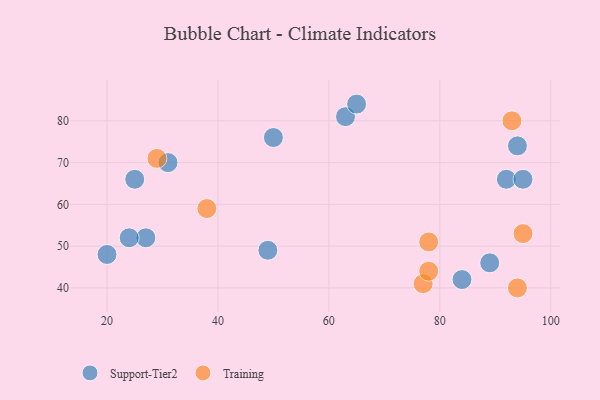
{"axis": {"x": "GDP", "y": "Life Expectancy"}, "legend": ["Support-Tier2", "Training"], "data": [{"x": "20", "y": 48, "type": "Support-Tier2"}, {"x": "92", "y": 66, "type": "Support-Tier2"}, {"x": "89", "y": 46, "type": "Support-Tier2"}, {"x": "63", "y": 81, "type": "Support-Tier2"}, {"x": "95", "y": 66, "type": "Support-Tier2"}, {"x": "31", "y": 70, "type": "Support-Tier2"}, {"x": "65", "y": 84, "type": "Support-Tier2"}, {"x": "84", "y": 42, "type": "Support-Tier2"}, {"x": "94", "y": 74, "type": "Support-Tier2"}, {"x": "49", "y": 49, "type": "Support-Tier2"}, {"x": "27", "y": 52, "type": "Support-Tier2"}, {"x": "24", "y": 52, "type": "Support-Tier2"}, {"x": "25", "y": 66, "type": "Support-Tier2"}, {"x": "50", "y": 76, "type": "Support-Tier2"}, {"x": "77", "y": 41, "type": "Training"}, {"x": "78", "y": 44, "type": "Training"}, {"x": "78", "y": 51, "type": "Training"}, {"x": "93", "y": 80, "type": "Training"}, {"x": "94", "y": 40, "type": "Training"}, {"x": "38", "y": 59, "type": "Training"}, {"x": "95", "y": 53, "type": "Training"}, {"x": "29", "y": 71, "type": "Training"}]}